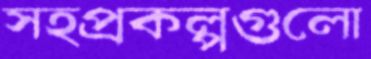
সহপ্রকল্পগুলো